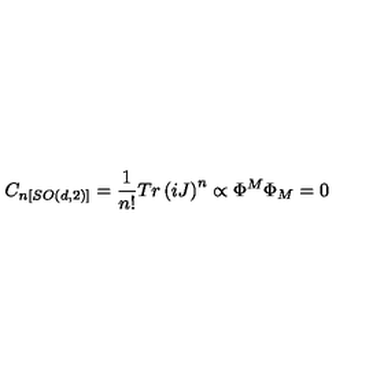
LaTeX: C _ { n [ S O ( d , 2 ) ] } = \frac { 1 } { n ! } T r \left( i J \right) ^ { n } \propto \Phi ^ { M } \Phi _ { M } = 0